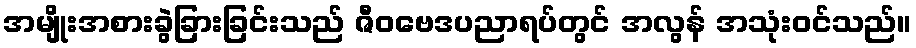
အမျိုးအစားခွဲခြားခြင်းသည် ဇီဝဗေဒပညာရပ်တွင် အလွန် အသုံးဝင်သည်။